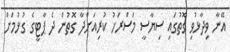
އޭނާ ވިދާޅުވި ގޮތުގައި ސިޔާސީ މަސްރަހު ކުރިއަށްދާ ގޮތުން ދެ ޕާޓީގެ ގުޅުމަށް